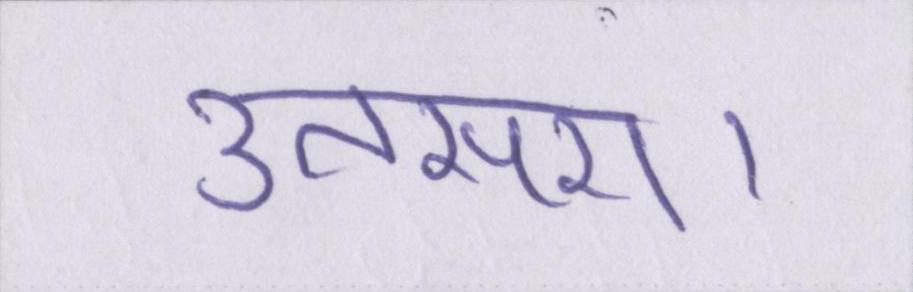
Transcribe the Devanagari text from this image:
उतसरा।